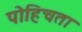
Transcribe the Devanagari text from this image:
पोहिचता